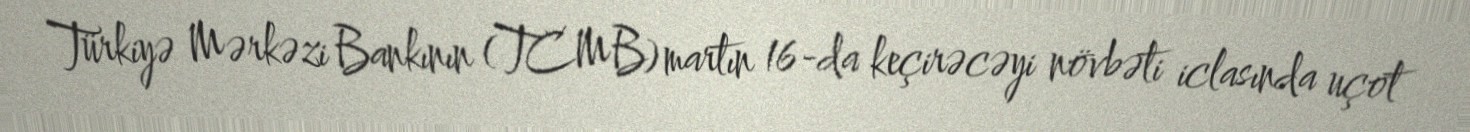
Türkiyə Mərkəzi Bankının (TCMB) martın 16-da keçirəcəyi növbəti iclasında uçot